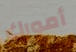
أمورك